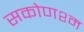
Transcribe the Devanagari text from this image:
सकोणश्म